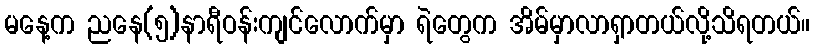
မနေ့က ညနေ(၅)နာရီဝန်းကျင်လောက်မှာ ရဲတွေက အိမ်မှာလာရှာတယ်လို့သိရတယ်။